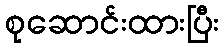
စုဆောင်းထားပြီး